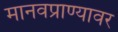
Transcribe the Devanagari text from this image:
मानवप्राण्यावर